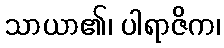
သာယာ၏၊ ပါရာဇိက၊